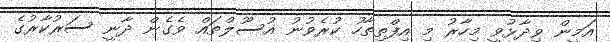
އަމީން ވިދާޅުވީ މިހާރު މި އިފްތިތާހު ކުރެވުނު އުސޫލްތައް ވެގެން ދާނީ ސަރުކާރުގެ